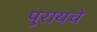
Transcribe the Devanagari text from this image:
पुरायचे